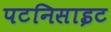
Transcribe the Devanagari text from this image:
पटनिसाइट